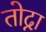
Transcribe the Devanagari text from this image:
तोद्ना